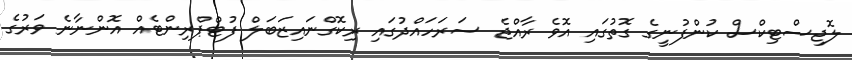
ލޮޖިސްޓިކްސް ކުންފުނީގެ ގޮތުގައި އޮވެ ރާއްޖެ ސަރަހައްދުގައި ރިކޮގްނައިޒަބަލް ފުޓްޕްރިންޓެއް އޮންނާނެ ވަރުގެ